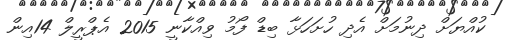
ކުއްޔަށް ދިނުމަށް އެދި ހުށަހަޅާ ބިޑް ފޯމު ވިއްކާނީ 2015 އެޕްރީލް 14އިން